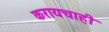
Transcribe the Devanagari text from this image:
करायचाही